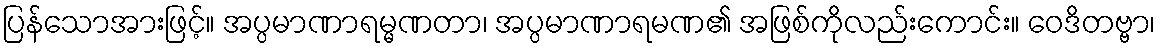
ပြန်သောအားဖြင့်။ အပ္ပမာဏာရမ္မဏတာ၊ အပ္ပမာဏာရမဏ၏ အဖြစ်ကိုလည်းကောင်း။ ဝေဒိတဗ္ဗာ၊